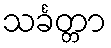
သင်္ခတ္တာ